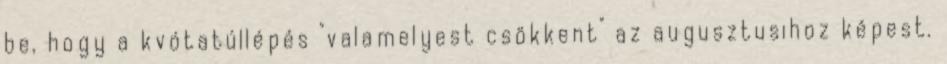
be, hogy a kvótatúllépés "valamelyest csökkent" az augusztusihoz képest.